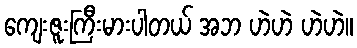
ကျေးဇူးကြီးမားပါတယ် အဘ ဟဲဟဲ ဟဲဟဲ။